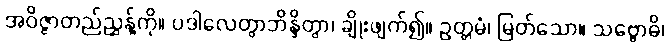
အဝိဇ္ဇာတည်ညွှန့်ကို။ ပဒါလေတွာဘိန္ဒိတွာ၊ ချိုးဖျက်၍။ ဥတ္တမံ၊ မြတ်သော။ သဗ္ဗောဓိ၊